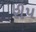
રીપ